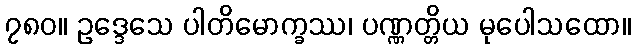
၇၈၀။ ဥဒ္ဒေသေ ပါတိမောက္ခဿ၊ ပဏ္ဏတ္တိယ မုပေါသထော။